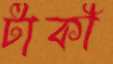
টাকী